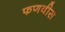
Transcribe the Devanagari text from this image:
फणवीस